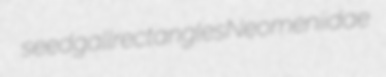
seedgall rectangles Neomeniidae